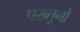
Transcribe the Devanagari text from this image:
पख्तूनो